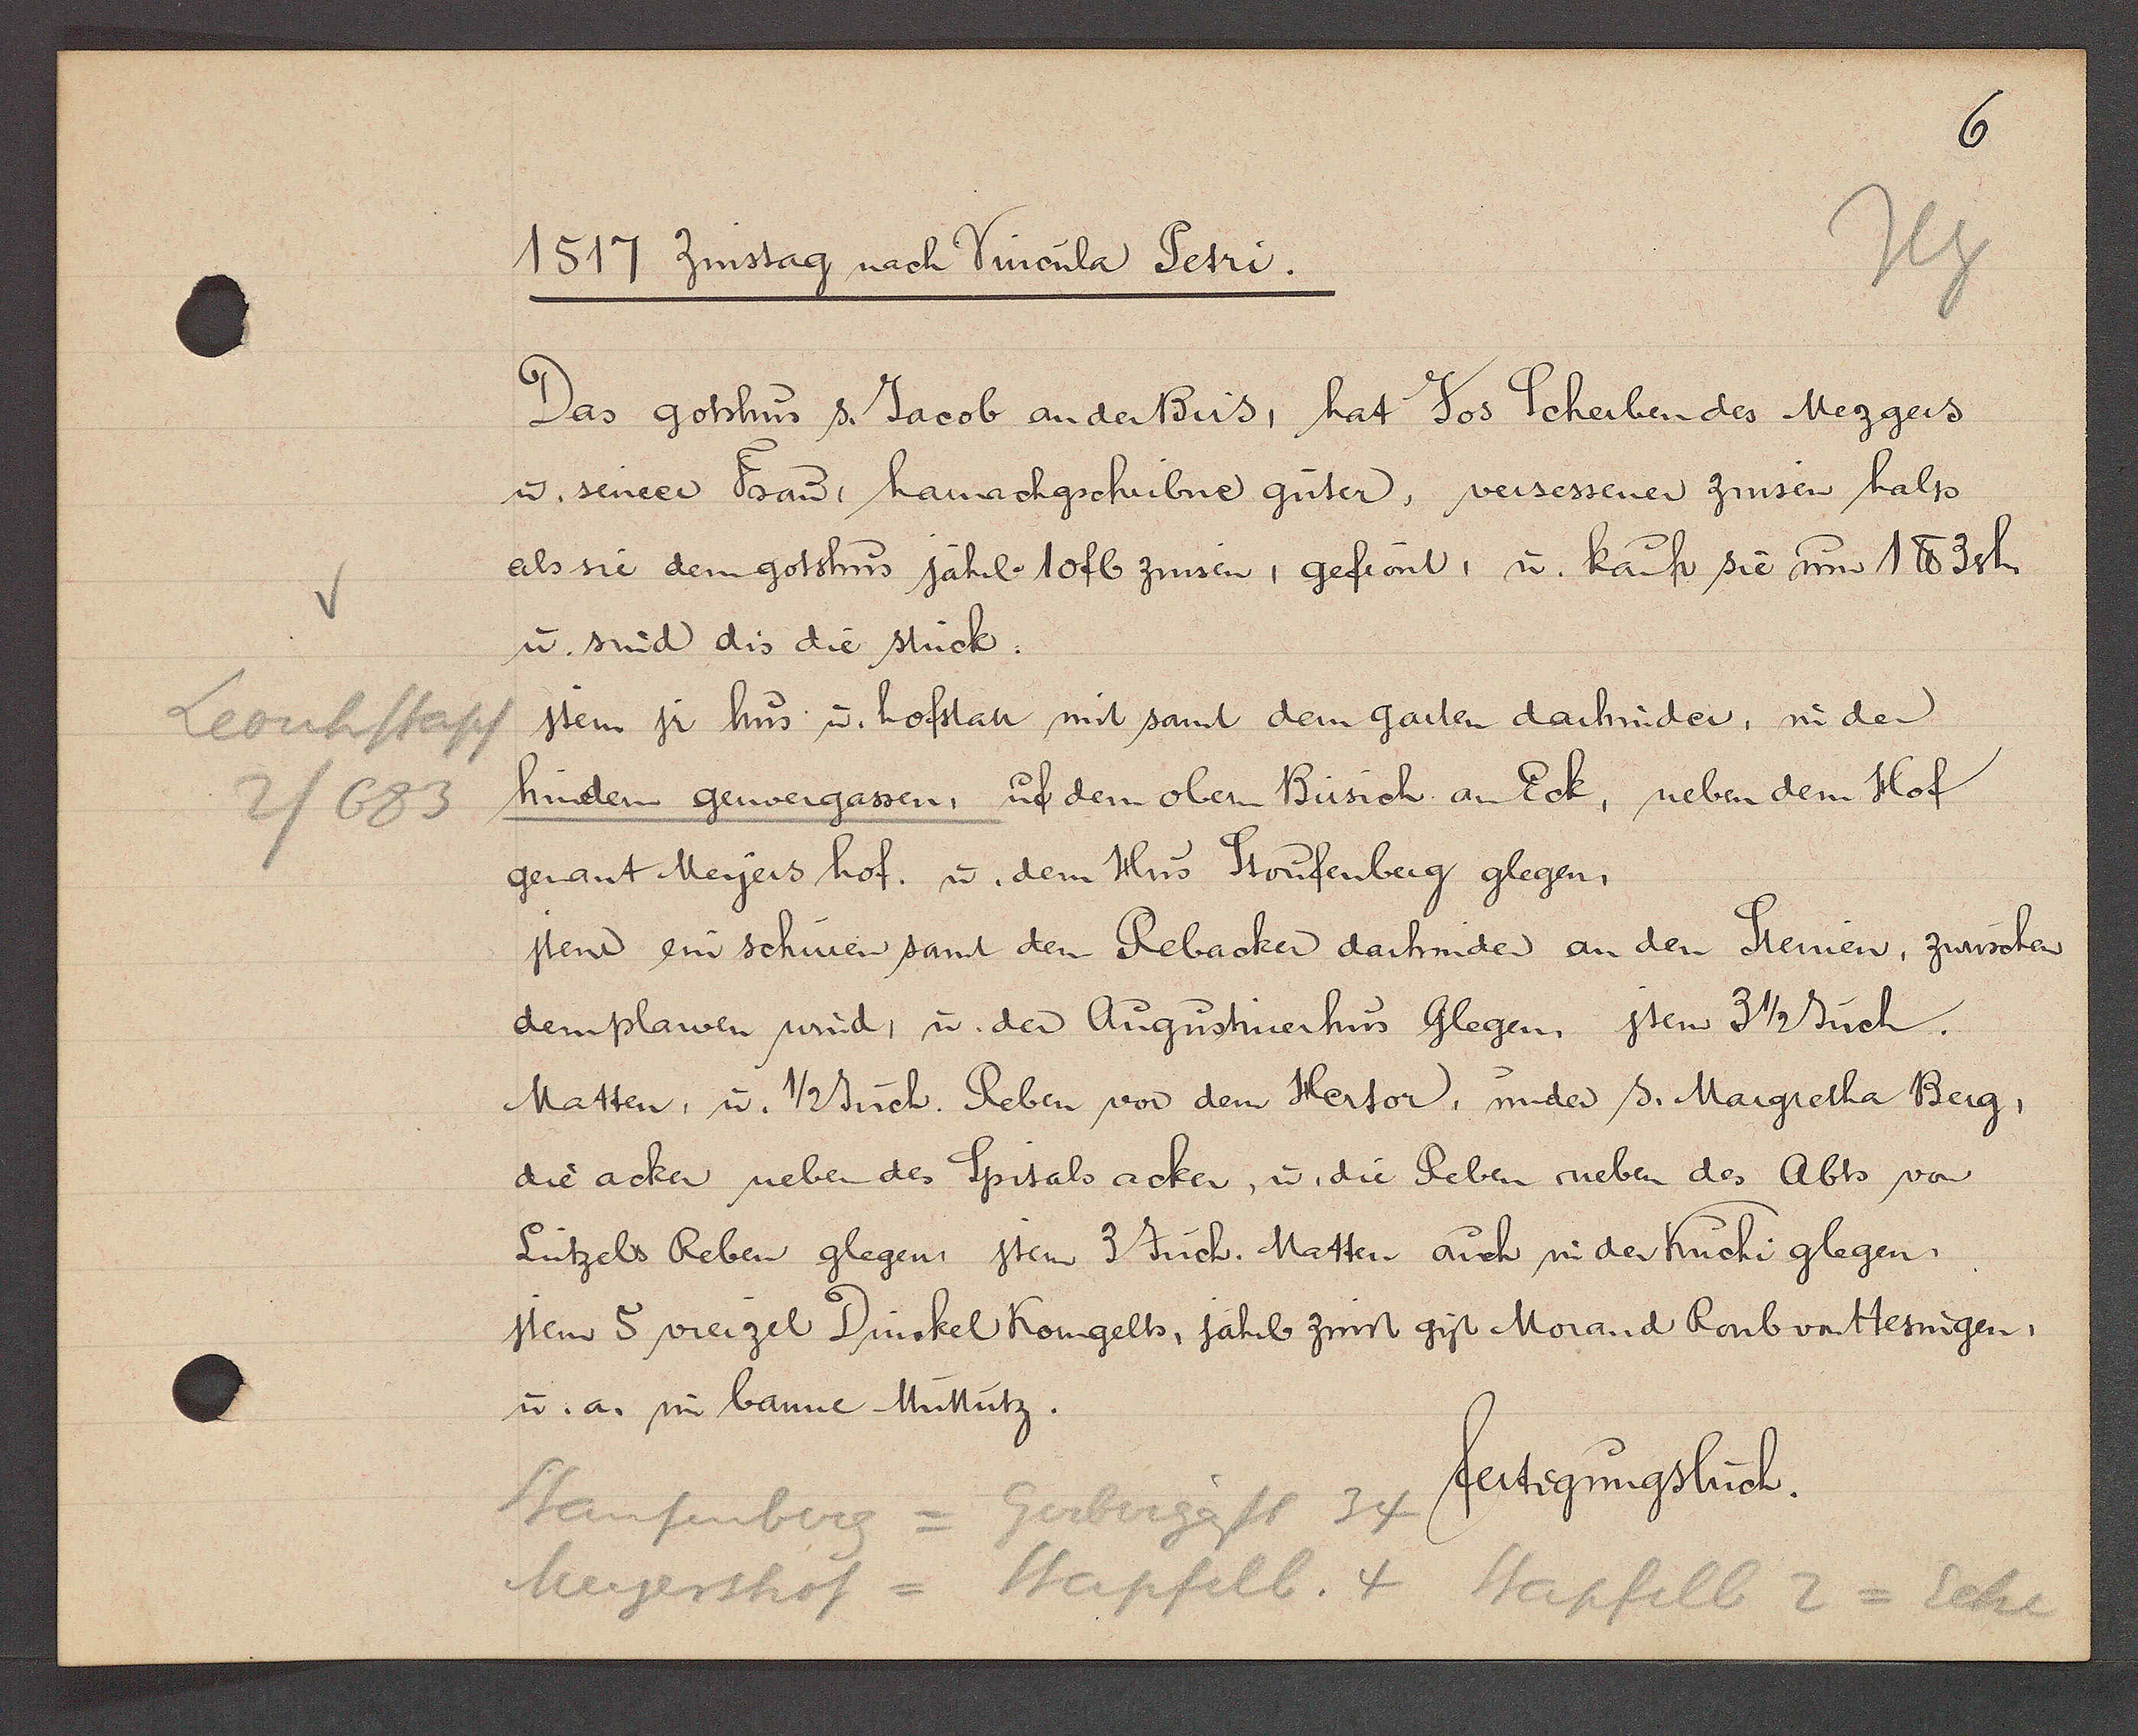
Transcript:
Leonhstapf
2/683

1577 Zinstag nach Vincula Petri.

Das gotshus s. Jacob an der Birs, hat Jos Scherben des Mezgers
u. seineer Frau harnachgschribne güter, versessener zinsen halp
als sie dem gotshus jährl 10 fl zinsen, gefrönt, u. kauft sie um 1 ℔ 3sh.
u. sind dis die stück.
Item jr hus u. hofstatt mit samt dem garten darhinder, in der
hindern gewergassen, uf dem obern Birsich an Eck, neben dem Hof
genant Meyers hof. u. dem Hus Stoufenberg glegen,
jtem ein schuren samt den Rebacker darhinder an den Steinen, zwüschen
dem plauen wind, u. der Augustinerhus Glegen, jtem 3 1/2 Juch.
Matten, u. 1/2 Juch. Reben vor dem Hertor, under s. Margretha Berg,
die acker neben des Spitals acker, u. die Reben neben des Abts von
Lützels Reben glegen, jtem 3 Juch. Matten auch in der Kuchi glegen
jtem 5 vierzel Dinckel Korngelts, jährl zins gyt Morand Raubvattesingen,
u. a. im banne Muttutz.

fertigungsbuch.

Staufenberg = Gerbergässl 34
Meyershof = Stapfelb. 4 Stapfill 2 = Eche